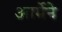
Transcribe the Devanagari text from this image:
आर्मेने